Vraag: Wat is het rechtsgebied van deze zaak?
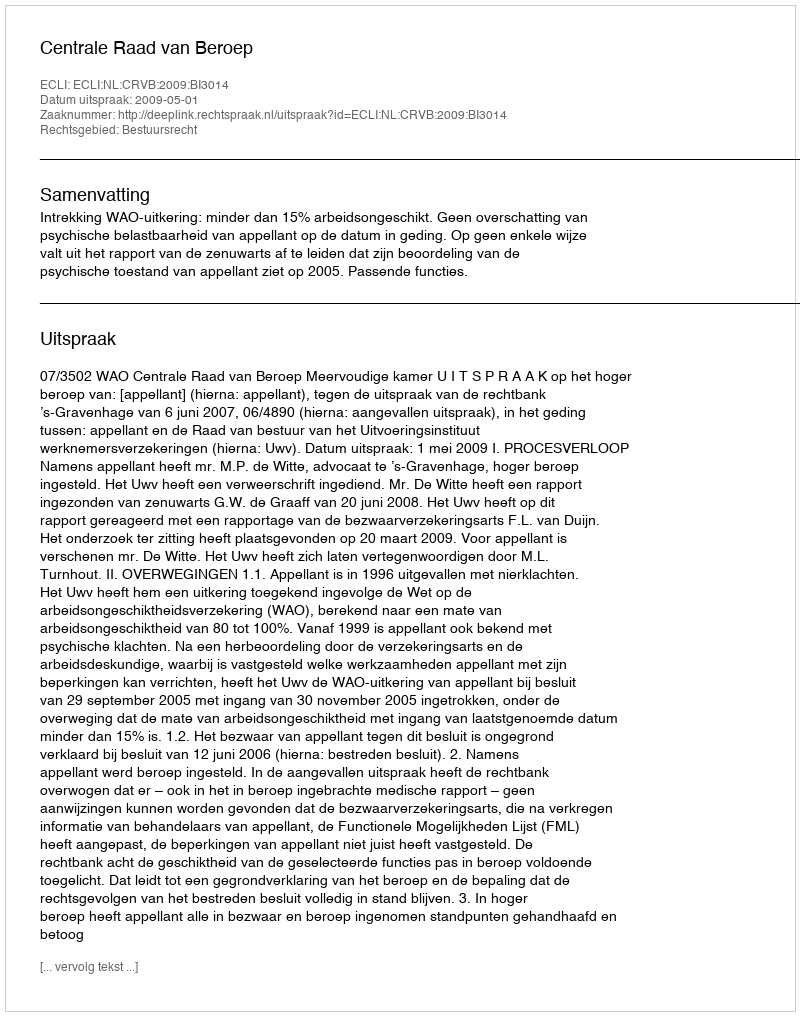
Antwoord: Bestuursrecht